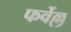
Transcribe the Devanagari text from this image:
फर्वेल्ल